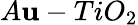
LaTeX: A\mathbf{u}-TiO_{2}